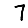
Digit: 7